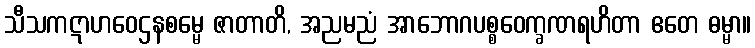
သီသကဋာဟဝေဌနစမ္မေ ဇာတာတိ, အညမညံ အာဘောဂပစ္စဝေက္ခဏရဟိတာ ဧတေ ဓမ္မာ။